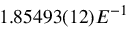
1 . 8 5 4 9 3 ( 1 2 ) E ^ { - 1 }